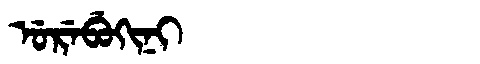
Manchu: ᡠᡵᡝᠪᡠᡴᡳᠨᡳ
Romanization: UREBUKINI